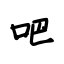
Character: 吧